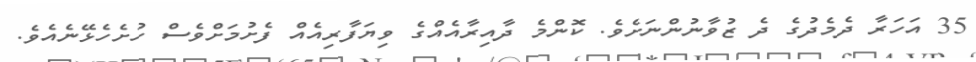
35 އަހަރާ ދެމެދުގެ ދެ ޒުވާނުންނަށެވެ. ކޮންމެ ދާއިރާއެއްގެ ވިޔަފާރިއެއް ފެށުމަށްވެސް ހުށެހެޅޭނެއެވެ.